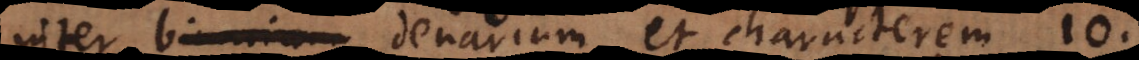
inter binarium denarium et characterem 10.